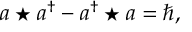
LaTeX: a \star a ^ { \dagger } - a ^ { \dagger } \star a = \hbar ,